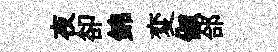
夜卻錦変俶郃